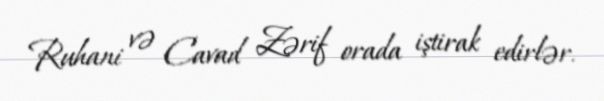
Ruhani və Cavad Zərif orada iştirak edirlər.